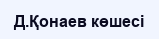
Д.Қонаев көшесі